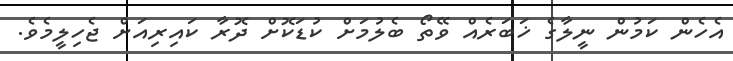
އެހެން ކަމުން ނީލާގެ ޚަބަރެއް ވޭތޯ ބެލުމަށް ކުޑަކޮށް ދޮރާ ކައިރިއަށް ޖެހިލީމެވެ.